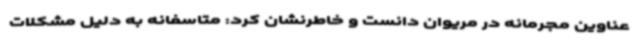
عناوین مجرمانه در مریوان دانست و خاطرنشان کرد: متاسفانه به دلیل مشکلات